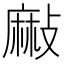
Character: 𪎘